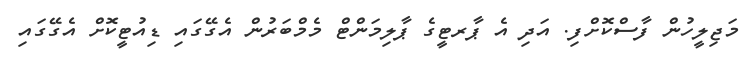
މަޖިލީހުން ފާސްކޮށްފި. އަދި އެ ޕާރޓީގެ ޕާލިމަންޓް މެމްބަރުން އެގޭގައި ޑިއުޓީކޮށް އެގޭގައި